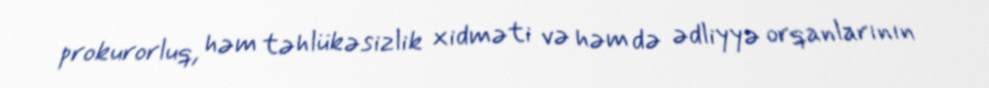
prokurorluq, həm təhlükəsizlik xidməti və həm də ədliyyə orqanlarının